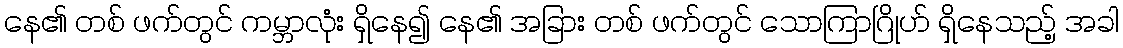
နေ၏ တစ် ဖက်တွင် ကမ္ဘာလုံး ရှိနေ၍ နေ၏ အခြား တစ် ဖက်တွင် သောကြာဂြိုဟ် ရှိနေသည့် အခါ